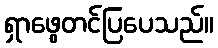
ရှာဖွေတင်ပြပေသည်။